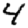
Digit: 4